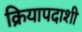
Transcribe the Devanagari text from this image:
क्रियापदाशी